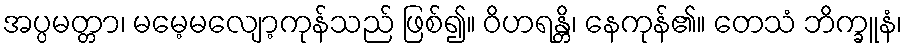
အပ္ပမတ္တာ၊ မမေ့မလျော့ကုန်သည် ဖြစ်၍။ ဝိဟရန္တိ၊ နေကုန်၏။ တေသံ ဘိက္ခူနံ၊